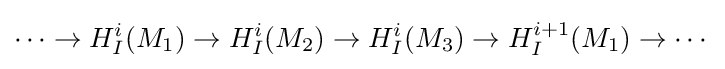
\cdots \to H_{I}^{i}(M_{1})\to H_{I}^{i}(M_{2})\to H_{I}^{i}(M_{3})\to H_{I}^{i+1}(M_{1})\to \cdots